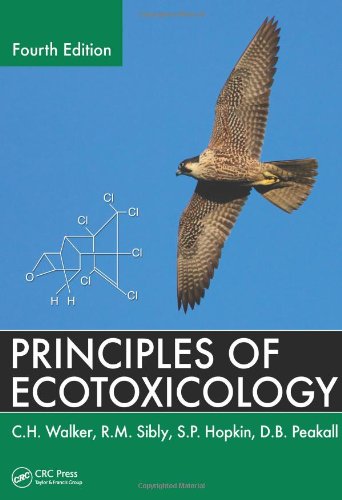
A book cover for Principles of Ecotoxicology, Fourth Edition; C.H. Walker; Medical Books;